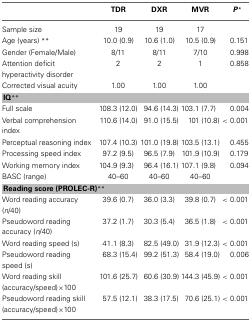
<table><thead><tr><td></td><td><b>TDR</b></td><td><b>DXR</b></td><td><b>MVR</b></td><td><b><i>P</i><sup>*</sup></b></td></tr></thead><tbody><tr><td>Sample size</td><td>19</td><td>19</td><td>17</td><td></td></tr><tr><td>Age (years) <sup>**</sup></td><td>10.0 (0.9)</td><td>10.6 (1.0)</td><td>10.5 (0.9)</td><td>0.151</td></tr><tr><td>Gender (Female/Male)</td><td>8/11</td><td>8/11</td><td>7/10</td><td>0.998</td></tr><tr><td>Attention deficit hyperactivity disorder</td><td>2</td><td>2</td><td>1</td><td>0.858</td></tr><tr><td>Corrected visual acuity</td><td>1.00</td><td>1.00</td><td>1.00</td><td></td></tr><tr><td colspan="5"><b>IQ<sup>**</sup></b></td></tr><tr><td>Full scale</td><td>108.3 (12.0)</td><td>94.6 (14.3)</td><td>103.1 (7.7)</td><td>0.004</td></tr><tr><td>Verbal comprehension index</td><td>110.6 (14.0)</td><td>91.0 (15.5)</td><td>101 (10.8)</td><td>&lt;0.001</td></tr><tr><td>Perceptual reasoning index</td><td>107.4 (10.3)</td><td>101.0 (19.8)</td><td>103.5 (13.1)</td><td>0.455</td></tr><tr><td>Processing speed index</td><td>97.2 (9.5)</td><td>96.5 (7.9)</td><td>101.9 (10.9)</td><td>0.179</td></tr><tr><td>Working memory index</td><td>104.9 (9.3)</td><td>96.4 (16.1)</td><td>107.1 (9.8)</td><td>0.094</td></tr><tr><td>BASC (range)</td><td>40–60</td><td>40–60</td><td>40–60</td><td></td></tr><tr><td colspan="5"><b>Reading score (PROLEC-R)<sup>**</sup></b></td></tr><tr><td>Word reading accuracy (<i>n</i>/40)</td><td>39.6 (0.7)</td><td>36.0 (3.3)</td><td>39.8 (0.7)</td><td>&lt;0.001</td></tr><tr><td>Pseudoword reading accuracy (<i>n</i>/40)</td><td>37.2 (1.7)</td><td>30.3 (5.4)</td><td>36.5 (1.8)</td><td>&lt;0.001</td></tr><tr><td>Word reading speed (s)</td><td>41.1 (8.3)</td><td>82.5 (49.0)</td><td>31.9 (12.3)</td><td>&lt;0.001</td></tr><tr><td>Pseudoword reading speed (s)</td><td>68.3 (15.4)</td><td>99.2 (51.3)</td><td>58.4 (19.0)</td><td>0.006</td></tr><tr><td>Word reading skill (accuracy/speed)×100</td><td>101.6 (25.7)</td><td>60.6 (30.9)</td><td>144.3 (45.9)</td><td>&lt;0.001</td></tr><tr><td>Pseudoword reading skill (accuracy/speed)×100</td><td>57.5 (12.1)</td><td>38.3 (17.5)</td><td>70.6 (25.1)</td><td>&lt;0.001</td></tr></tbody></table>